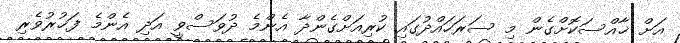
އަށް ޚާއްސަކޮށްގެން މި ސަރަހައްދުގައި ކުރިއަށްގެންދާ އެންމެ ދުވަސްވީ އަދި އެންމެ ފަޚުރުވެރި